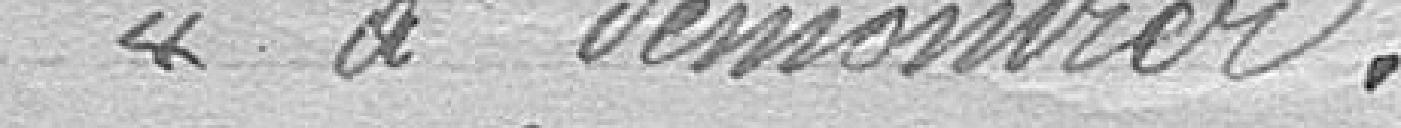
"à démontrer.